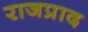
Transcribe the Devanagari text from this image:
राजप्राद